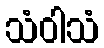
သံဝါသံ